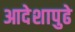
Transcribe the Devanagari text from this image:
आदेशापुढे